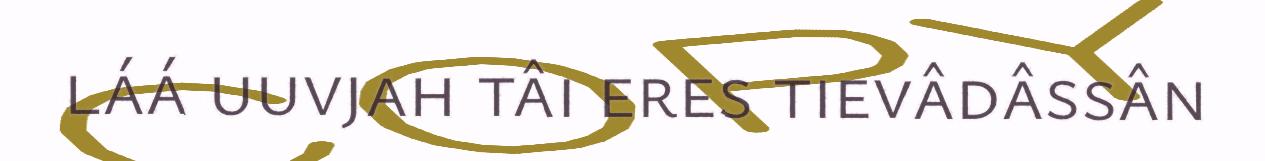
láá uuvjah tâi eres tievâdâssân